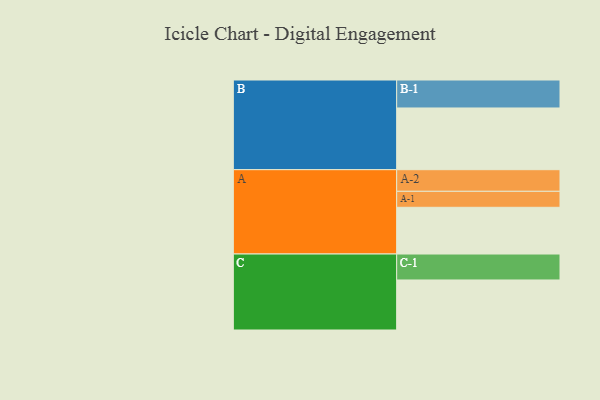
{"axis": {"x": "Segment", "y": "Value"}, "legend": ["", "A", "B", "C"], "data": [{"x": "A", "y": 324, "type": ""}, {"x": "B", "y": 428, "type": ""}, {"x": "C", "y": 347, "type": ""}, {"x": "A-1", "y": 111, "type": "A"}, {"x": "A-2", "y": 150, "type": "A"}, {"x": "B-1", "y": 194, "type": "B"}, {"x": "C-1", "y": 180, "type": "C"}]}